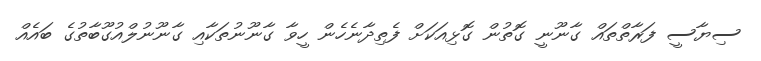
ސިޔާސީ ފަރާތްތައް ގާނޫނީ ގޮތުން ގޮޅިއަކަށް ފެތިދާނެހެން ހީވާ ގާނޫނުތަކާއި ގާނޫނުލްއުގޫބާތުގެ ބައެއް